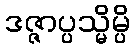
ဒဇ္ဇာပ္ပသ္မိမ္ပိ